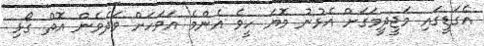
އެގަޑީގައި މަޖީދީމަގަށް އެޅުނު މޮޔަ ހީވެ އެންމެ އަވަހަށް ވަދެވެން އޮތް ގޯޅި